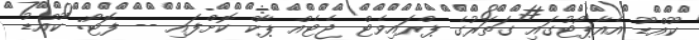
ކޫއްޑޫ އެއާޕޯޓުގައި ގަތަރުގެ ޕްރައިވެޓް ޖެޓެއް ޕާކް ކޮށްފައި -- ފޮޓޯ: ކޫއްޑު